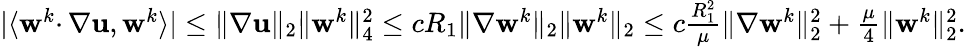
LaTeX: \begin{array}{r}{|\langle\mathbf{w}^{k}\cdotp\nabla\mathbf{u},\mathbf{w}^{k}\rangle|\leq\| \nabla\mathbf{u}\| _{2}\| \mathbf{w}^{k}\| _{4}^{2}\leq cR_{1}\| \nabla\mathbf{w}^{k}\| _{2}\| \mathbf{w}^{k}\| _{2}\leq c\frac{R_{1}^{2}}{\mu}\| \nabla\mathbf{w}^{k}\| _{2}^{2}+\frac{\mu}{4}\| \mathbf{w}^{k}\| _{2}^{2}.}\end{array}